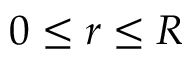
0 \leq r \leq R